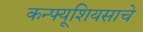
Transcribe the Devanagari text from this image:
कन्फ्यूशियसाचे